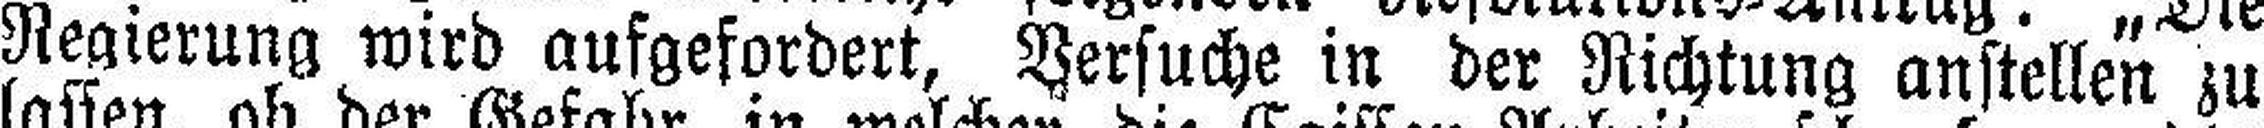
Regierung wird aufgefordert, Versuche in der Richtung anstellen zu